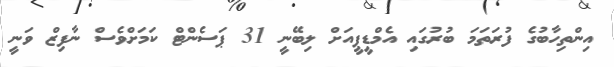
އިންތިހާބުގެ ފުރަތަމަ ބުރުގައި އެމްޑީޕީއަށް ލިބޭނީ 31 ޕަސެންޓް ކަމަށްވެސް ނާފިޒް ވަނީ